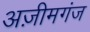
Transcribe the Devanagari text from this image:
अज़ीमगंज